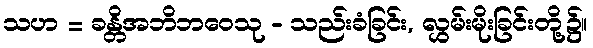
သဟ = ခန္တိအဘိဘဝေသု - သည်းခံခြင်း, လွှမ်းမိုးခြင်းတို့၌။